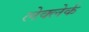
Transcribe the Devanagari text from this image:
लेक्लेर्क